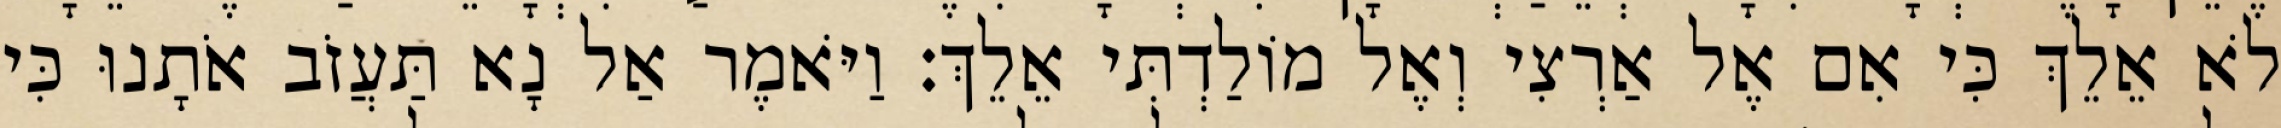
לֹא אֵלֵךְ כִּי אִם אֶל אַרְצִי וְאֶל מוֹלַדְתִּי אֵלֵךְ׃ וַיֹּאמֶר אַל נָא תַּעֲזֹב אֹתָנוּ כִּי